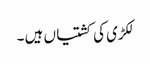
لکڑی کی کشتیاں ہیں ۔